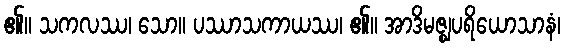
၏။ သကလဿ၊ သော။ ပဿာသကာယဿ၊ ၏။ အာဒိမဇ္ဈပရိယောသာနံ၊